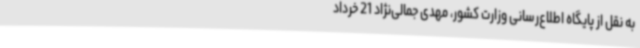
به نقل از پایگاه اطلاع‌رسانی وزارت کشور، مهدی جمالی‌نژاد 21 خرداد